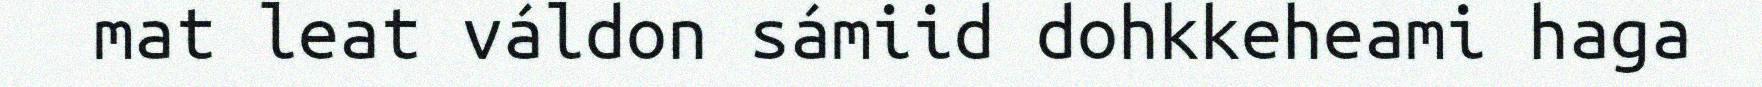
mat leat váldon sámiid dohkkeheami haga